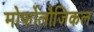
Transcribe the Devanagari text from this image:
मोर्फोलौजिकल